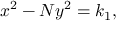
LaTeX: \ \ x ^ { 2 } - N y ^ { 2 } = k _ { 1 } ,